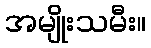
အမျိုးသမီး။